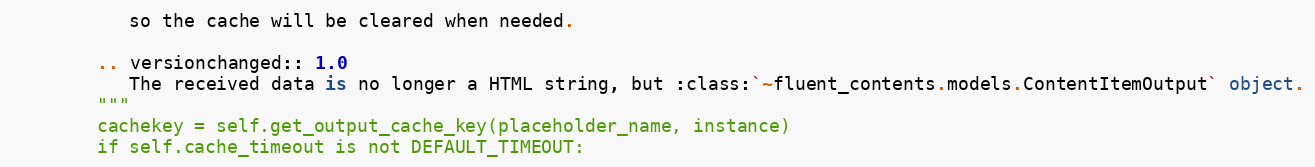
Language: Python
           so the cache will be cleared when needed.

        .. versionchanged:: 1.0
           The received data is no longer a HTML string, but :class:`~fluent_contents.models.ContentItemOutput` object.
        """
        cachekey = self.get_output_cache_key(placeholder_name, instance)
        if self.cache_timeout is not DEFAULT_TIMEOUT: